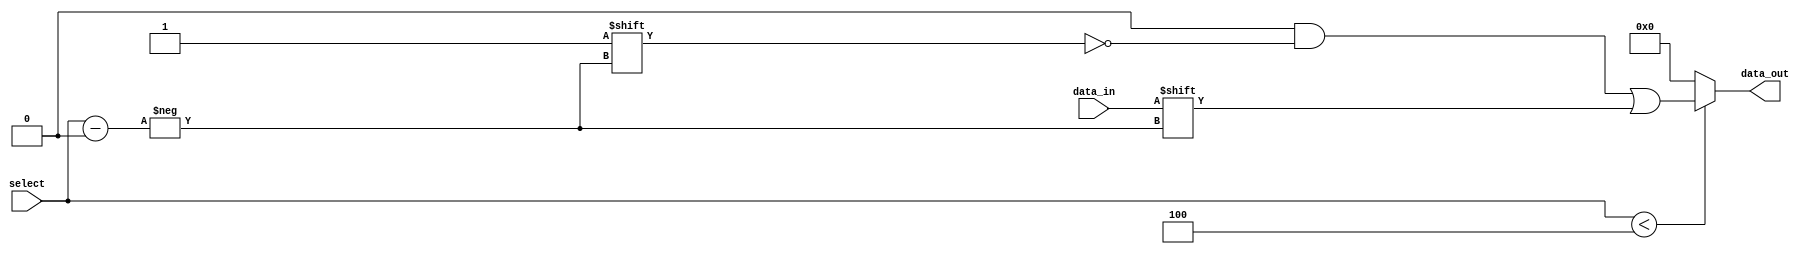
module Parameterized_Demux #(
    parameter N = 4 // Default number of output lines
) (
    input wire data_in,                   // Input data signal
    input wire [$clog2(N)-1:0] select,   // Select signal
    output reg [N-1:0] data_out           // Output lines
);

    always @(*) begin
        // Default all outputs to low
        data_out = {N{1'b0}};
        
        // Check if select is within range
        if (select < N) begin
            // Route data_in to the selected output line
            data_out[select] = data_in;
        end
    end

endmodule